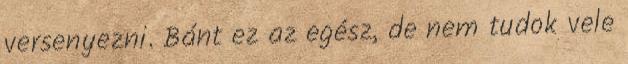
versenyezni. Bánt ez az egész, de nem tudok vele